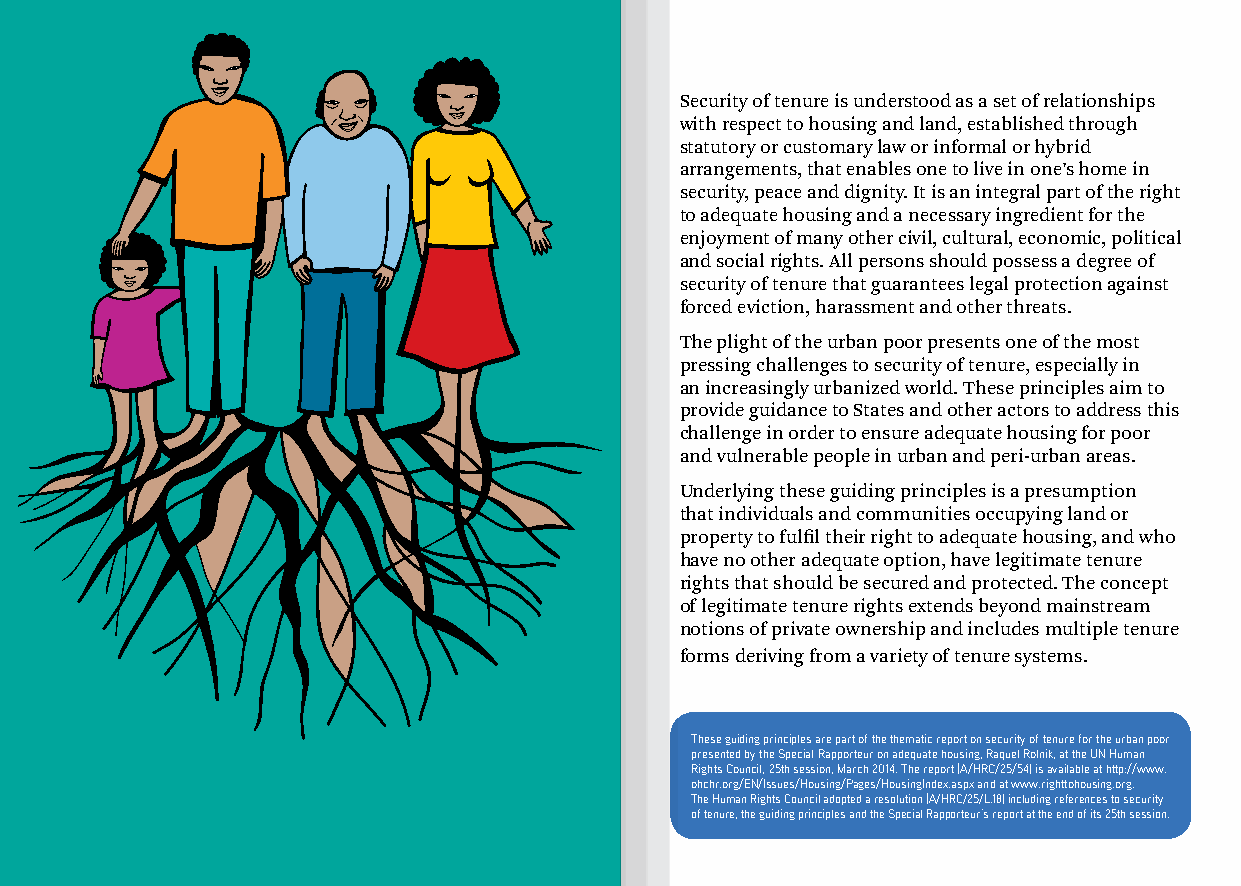
Security of tenure is understood as a set of relationships
 with respect to housing and land, established through
 statutory or customary law or informal or hybrid
 arrangements, that enables one to live in one’s home in
 security, peace and dignity. It is an integral part of the right
 to adequate housing and a necessary ingredient for the
 enjoyment of many other civil, cultural, economic, political
 and social rights. All persons should possess a degree of
 security of tenure that guarantees legal protection against
 forced eviction, harassment and other threats.
 The plight of the urban poor presents one of the most
 pressing challenges to security of tenure, especially in
 an increasingly urbanized world. These principles aim to
 provide guidance to States and other actors to address this
 challenge in order to ensure adequate housing for poor
 and vulnerable people in urban and peri-urban areas.
 Underlying these guiding principles is a presumption
 that individuals and communities occupying land or
 property to fulfil their right to adequate housing, and who
 have no other adequate option, have legitimate tenure
 rights that should be secured and protected. The concept
 of legitimate tenure rights extends beyond mainstream
 notions of private ownership and includes multiple tenure
 forms deriving from a variety of tenure systems.
 These guiding principles are part of the thematic report on security of tenure for the urban poor
 presented by the Special Rapporteur on adequate housing, Raquel Rolnik, at the UN Human
 Rights Council, 25th session, March 2014. The report (A/HRC/25/54) is available at http://www.
 ohchr.org/EN/Issues/Housing/Pages/HousingIndex.aspx and at www.righttohousing.org.
 The Human Rights Council adopted a resolution (A/HRC/25/L.18) including references to security
 of tenure, the guiding principles and the Special Rapporteur’s report at the end of its 25th session.